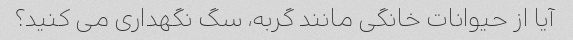
آیا از حیوانات خانگی مانند گربه، سگ نگهداری می کنید؟